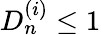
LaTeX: D_{n}^{(i)}\leq 1